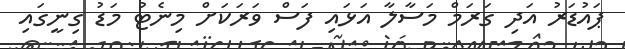
ޕައުޑަރު އަދި ގަރަމް މަސާލާ އަޅައި ފަސް ވަރަކަށް މިނެޓު މަޑު ގިނީގައި